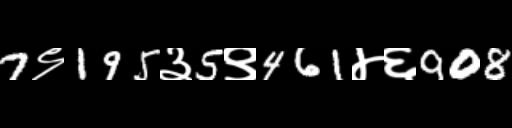
Text: 7९195३5९461४६908